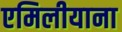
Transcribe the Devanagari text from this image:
एमिलीयाना